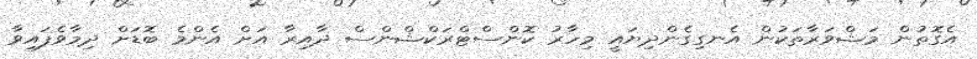
އެގޮތުން މަޝްވަރާތަކުން އެނގިގެންދިޔައީ މިހާރު ކޮންސްޓްރަކްޝްންސް ދާއިރާ އަށް އެންމެ ބޮޑަށް ދިމާވެފައިވާ